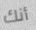
أنك